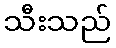
သီးသည်